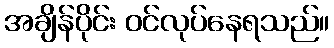
အချိန်ပိုင်း ဝင်လုပ်နေရသည်။